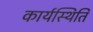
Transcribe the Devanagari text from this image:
कार्यस्थिति